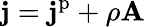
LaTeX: \mathbf{j}=\mathbf{j}^{\mathrm{p}}+\rho\mathbf{A}